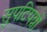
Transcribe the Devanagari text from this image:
सुपटिपन्नो